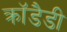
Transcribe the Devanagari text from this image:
क्रॉडैडी